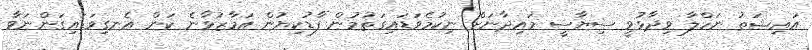
އައިޝަތު ނަހްލާ ވިދާޅުވީ ސިޔާސީ މައިދާނަށް ނިކުމެވަޑައިގަތުމުން ފާޑުކިޔުން އަމާޒުވާނެ ކަން އެނގިވަޑައިގަންނަވާ